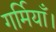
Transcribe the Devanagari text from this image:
गर्मियाँ।